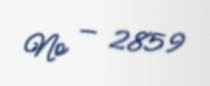
№ — 2859